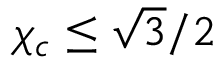
\chi _ { c } \leq \sqrt { 3 } / 2